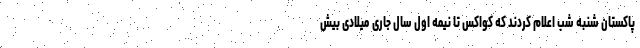
پاکستان شنبه شب اعلام کردند که کواکس تا نیمه اول سال جاری میلادی بیش